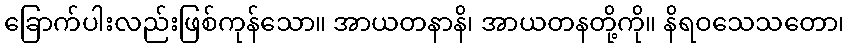
ခြောက်ပါးလည်းဖြစ်ကုန်သော။ အာယတနာနိ၊ အာယတနတို့ကို။ နိရဝသေသတော၊